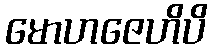
မောဟဇေဟိပိ